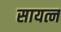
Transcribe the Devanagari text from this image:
सायत्न